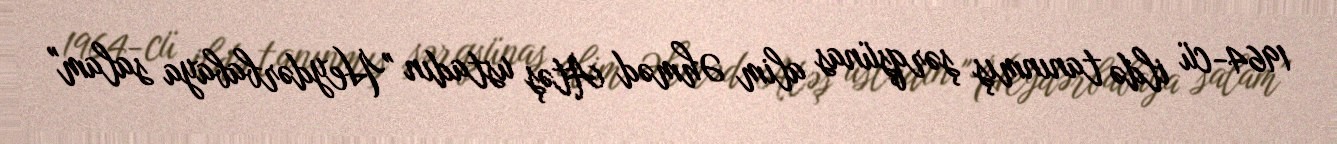
1964-cü ildə tanınmış şərqşünas alim Əhməd Atəş ustadın "Heydərbabaya salam"